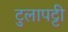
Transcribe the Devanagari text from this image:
टुलापट्टी